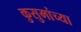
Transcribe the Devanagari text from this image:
कुसुमांच्या